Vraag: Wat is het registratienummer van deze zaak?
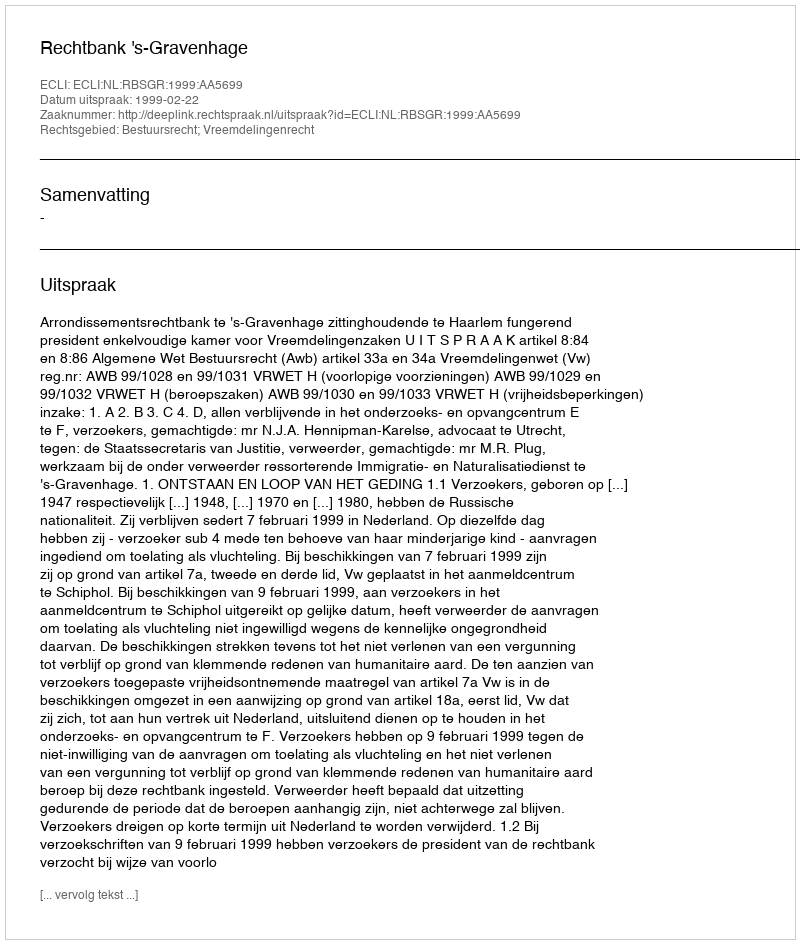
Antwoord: http://deeplink.rechtspraak.nl/uitspraak?id=ECLI:NL:RBSGR:1999:AA5699